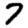
Digit: 7